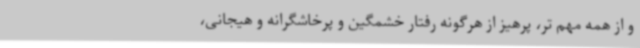
و از همه مهم تر، پرهیز از هرگونه رفتار خشمگین و پرخاشگرانه و هیجانی،